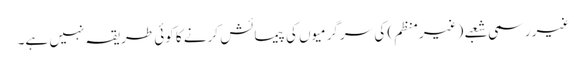
غیر رسمی شعبے (غیرمنظم) کی سرگرمیوں کی پیمائش کرنے کا کوئی طریقہ نہیں ہے۔